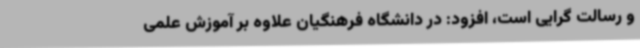
و رسالت گرایی است، افزود: در دانشگاه فرهنگیان علاوه بر آموزش علمی